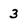
Character: 3